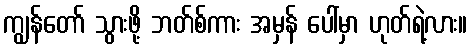
ကျွန်တော် သွားဖို့ ဘတ်စ်ကား အမှန် ပေါ်မှာ ဟုတ်ရဲ့လား။